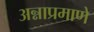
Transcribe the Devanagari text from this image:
अन्नाप्रमाणे